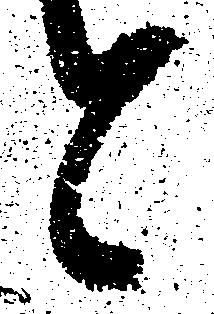
と